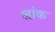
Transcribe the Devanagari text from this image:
लांक